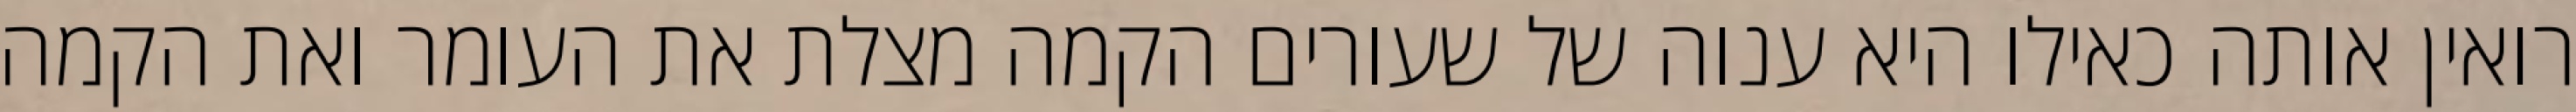
רואין אותה כאילו היא ענוה של שעורים הקמה מצלת את העומר ואת הקמה